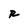
Character: R